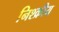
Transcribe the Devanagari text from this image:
निश्क्रीय